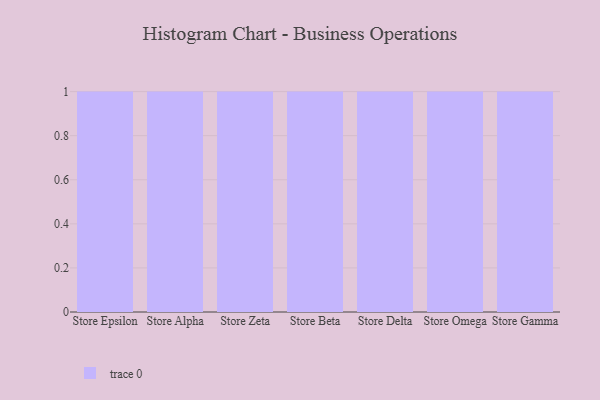
{"axis": {"x": "Store", "y": "Temperature (°C)"}, "legend": [""], "data": [{"x": "Store Epsilon", "y": 26, "type": ""}, {"x": "Store Alpha", "y": 70, "type": ""}, {"x": "Store Zeta", "y": 67, "type": ""}, {"x": "Store Beta", "y": 5, "type": ""}, {"x": "Store Delta", "y": 25, "type": ""}, {"x": "Store Omega", "y": 10, "type": ""}, {"x": "Store Gamma", "y": 12, "type": ""}]}